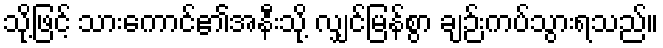
သို့ဖြင့် သားကောင်၏အနီးသို့ လျှင်မြန်စွာ ချဉ်းကပ်သွားရသည်။